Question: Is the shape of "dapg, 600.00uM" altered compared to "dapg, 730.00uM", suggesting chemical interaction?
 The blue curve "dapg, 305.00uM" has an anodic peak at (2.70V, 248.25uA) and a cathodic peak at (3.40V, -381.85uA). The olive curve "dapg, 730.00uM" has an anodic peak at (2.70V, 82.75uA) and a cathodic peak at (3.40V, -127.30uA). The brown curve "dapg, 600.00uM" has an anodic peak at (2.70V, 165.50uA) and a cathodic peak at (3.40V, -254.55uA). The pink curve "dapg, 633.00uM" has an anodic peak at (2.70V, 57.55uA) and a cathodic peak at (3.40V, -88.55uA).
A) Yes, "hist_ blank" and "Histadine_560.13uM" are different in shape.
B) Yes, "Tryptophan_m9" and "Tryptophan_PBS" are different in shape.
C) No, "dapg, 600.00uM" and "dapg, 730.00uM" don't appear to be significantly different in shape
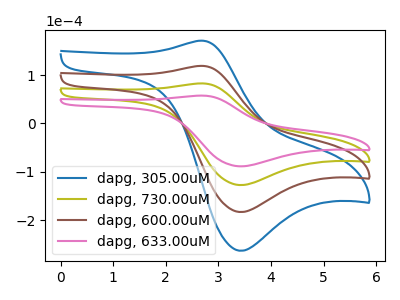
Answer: <think>All the peaks in "dapg, 600.00uM" have a peak in "dapg, 730.00uM" at the same potential. Every peak in "dapg, 600.00uM" is higher than every peak in "dapg, 730.00uM".
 </think>
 <answer>C) No, "dapg, 600.00uM" and "dapg, 730.00uM" don't appear to be significantly different in shape</answer>
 <eval>C</eval>